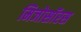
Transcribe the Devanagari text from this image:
मिजोसॉरस